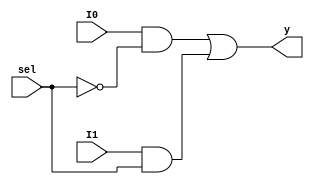
`timescale 1ns / 1ps
//////////////////////////////////////////////////////////////////////////////////
module mux2to1(y,sel,I0,I1);
output y;
input sel,I0,I1;
assign y = I0 & ~sel | I1 & sel;
endmodule